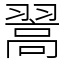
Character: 翯